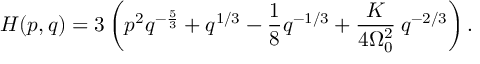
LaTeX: H ( p , q ) = 3 \left( p ^ { 2 } q ^ { - \frac { 5 } { 3 } } + q ^ { 1 / 3 } - \frac { 1 } { 8 } q ^ { - 1 / 3 } + \frac { K } { 4 \Omega _ { 0 } ^ { 2 } } \: q ^ { - 2 / 3 } \right) .